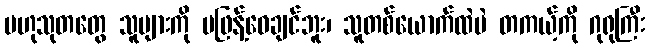
ဗဟုသုတတွေ သူများကို မဖြန့်ဝေချင်ဘူး၊ သူတစ်ယောက်ထဲပဲ တကယ့်ကို ဂုရုကြီး